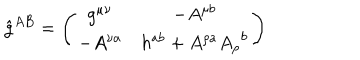
LaTeX: \hat { g } ^ { A B } = \left( \begin{array} { c c } { { g ^ { \mu \nu } } } & { { - A ^ { \mu b } } } \\ { { - A ^ { \nu a } } } & { { h ^ { a b } + A ^ { \rho a } { A _ { \rho } } ^ { b } } } \\ \end{array} \right)